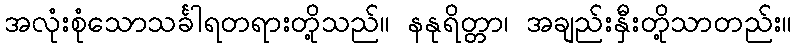
အလုံးစုံသောသင်္ခါရတရားတို့သည်။ နနုရိတ္တာ၊ အချည်းနှီးတို့သာတည်း။